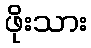
ဖိုးသား